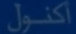
أكنول